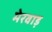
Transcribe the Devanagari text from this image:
मेरवाड़